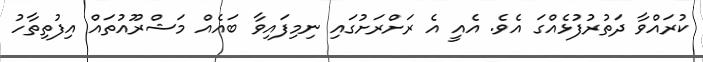
ކުރައްވާ ދަތުރުފުޅެއްގަ އެވެ. އެއީ އެ ރަށްރަށުގައި ނިމިފައިވާ ބައެއް މަޝްރޫއުތައް އިފުތިތާހު